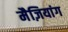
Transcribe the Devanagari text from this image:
मैज़ियांग